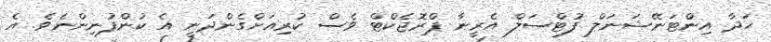
ހަދާ އިންޓަނޭޝަނަލް ފުޓްސަލް އެރީނާ ޕްރޮޖެކްޓް ވެސް ކުރިއަށްގެންދަނީ އެ ކުންފުނިންނެވެ. އެ